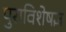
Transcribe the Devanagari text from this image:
पुराविशेषज्ञ